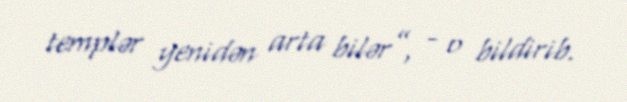
templər yenidən arta bilər”, - o bildirib.